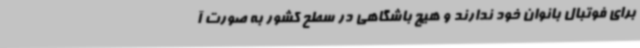
برای فوتبال بانوان خود ندارند و هیچ باشگاهی در سطح کشور به صورت آ